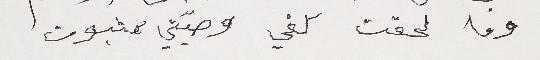
وما لحقت كفي وصيّتي عثبوت